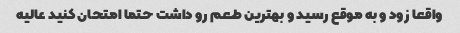
واقعا زود و به موقع رسید و بهترین طعم رو داشت حتما امتحان کنید عالیه